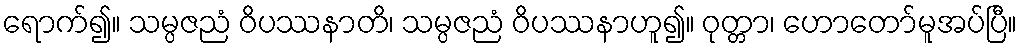
ရောက်၍။ သမ္ပဇညံ ဝိပဿနာတိ၊ သမ္ပဇညံ ဝိပဿနာဟူ၍။ ဝုတ္တာ၊ ဟောတော်မူအပ်ပြီ။